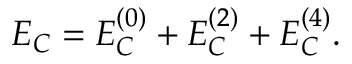
{ \cal E } _ { C } = { \cal E } _ { C } ^ { ( 0 ) } + { \cal E } _ { C } ^ { ( 2 ) } + { \cal E } _ { C } ^ { ( 4 ) } .